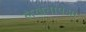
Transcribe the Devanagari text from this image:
लेखनापेक्षा